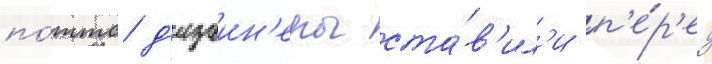
по́ттс д'изаин'еры ста́в'ил'и п'е́р'ед